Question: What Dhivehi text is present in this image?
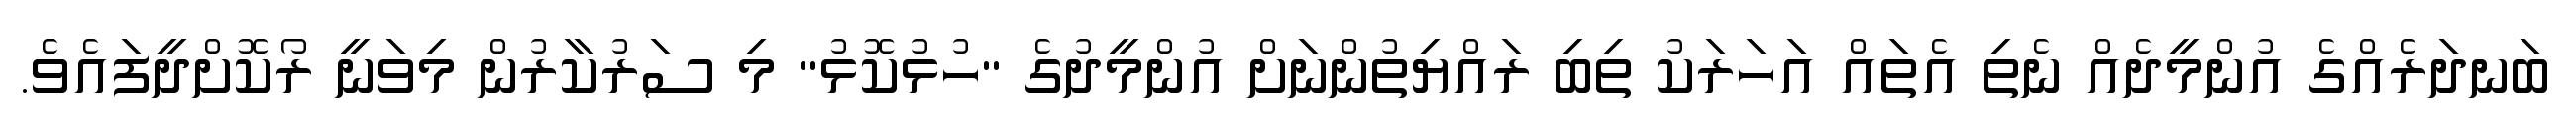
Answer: ބަނދަރެއްގެ އުންމީދެއް ނެތި އެތައް އަހަރަކު ތިބި ރައްޔިތުންނަށް އުންމީދުގެ "ހުޅުކޮޅު" މި ސަރުކާރުން މިވަނީ ރޯކޮށްދީފައެވެ.